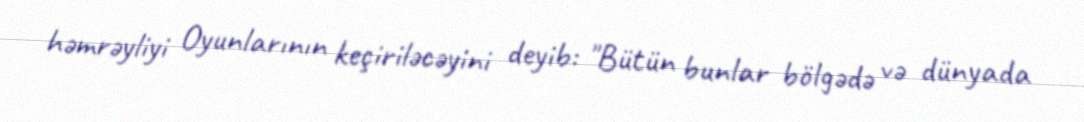
həmrəyliyi Oyunlarının keçiriləcəyini deyib: "Bütün bunlar bölgədə və dünyada